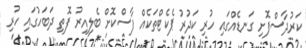
ކަރުދާސްފޮށި ގަނޑެއްގައި ހުރި ކަދުރު ޕެކެޓްތަކެއް ފާސްކޮށް ބެލިއިރު ފޮތި ދަބަހުގައި ހުރި